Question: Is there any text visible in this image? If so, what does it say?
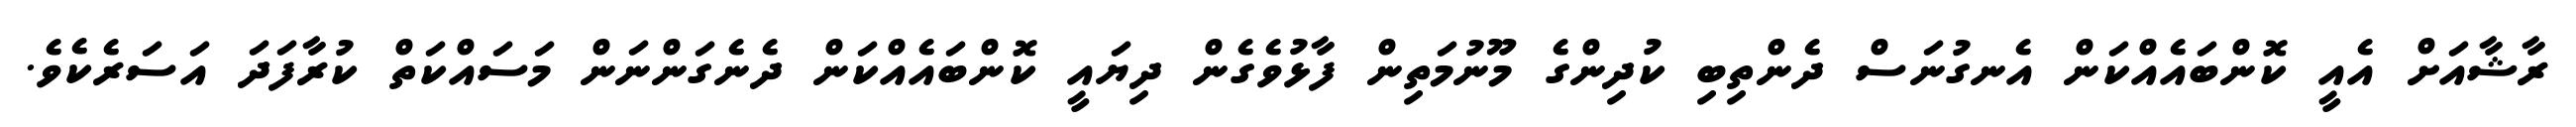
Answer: ރާޝާއަށް އެއީ ކޮންބައެއްކަން އެނގުނަސް ދެންތިބި ކުދިންގެ މޫނުމަތިން ފާޅުވެގެން ދިޔައީ ކޮންބައެއްކަން ދެނެގަންނަން މަސައްކަތް ކުރާފަދަ އަސަރެކެވެ.